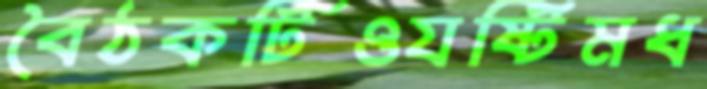
বৈঠকটিওযষ্টিমধ